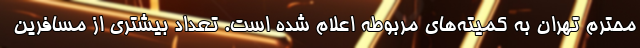
محترم تهران به کمیته‌های مربوطه اعلام شده است. تعداد بیشتری از مسافرین